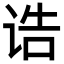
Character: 诰